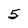
Character: 5